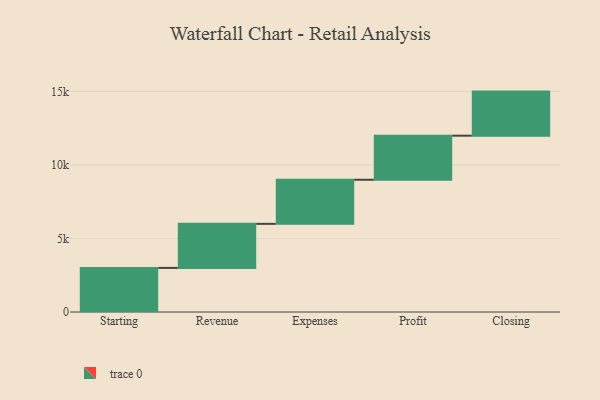
{"axis": {"x": "Step", "y": "Value"}, "legend": [""], "data": [{"x": "Starting", "y": 3000, "type": ""}, {"x": "Revenue", "y": 3000, "type": ""}, {"x": "Expenses", "y": 3000, "type": ""}, {"x": "Profit", "y": 3000, "type": ""}, {"x": "Closing", "y": 3000, "type": ""}]}